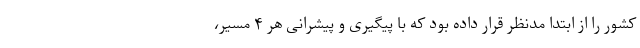
کشور را از ابتدا مدنظر قرار داده بود که با پیگیری و پیشرانی هر ۴ مسیر،